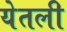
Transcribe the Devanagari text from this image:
येतली